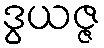
ဒွယဇ္ဇ